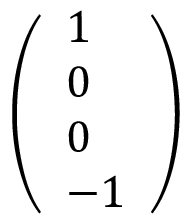
\left( \begin{array} { l } { 1 } \\ { 0 } \\ { 0 } \\ { - 1 } \end{array} \right)